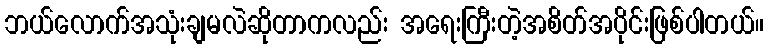
ဘယ်လောက်အသုံးချမလဲဆိုတာကလည်း အရေးကြီးတဲ့အစိတ်အပိုင်းဖြစ်ပါတယ်။